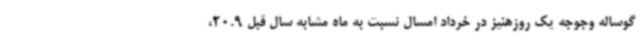
گوساله وجوجه یک روزهنیز در خرداد امسال نسبت به ماه مشابه سال قبل 20.9،